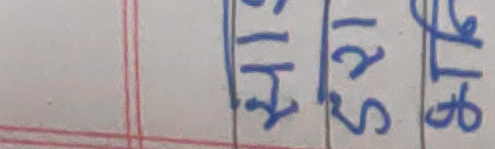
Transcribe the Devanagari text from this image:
खा. १ सा. १७